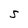
Character: S